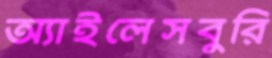
অ্যাইলেসবুরি